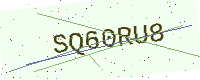
Text: SQ60RU8